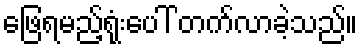
ဖြေရမည့်ရုံးပေါ် တက်လာခဲ့သည်။